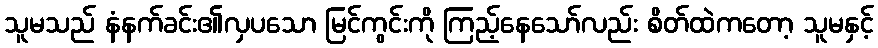
သူမသည် နံနက်ခင်း၏လှပသော မြင်ကွင်းကို ကြည့်နေသော်လည်း စိတ်ထဲကတော့ သူမနှင့်